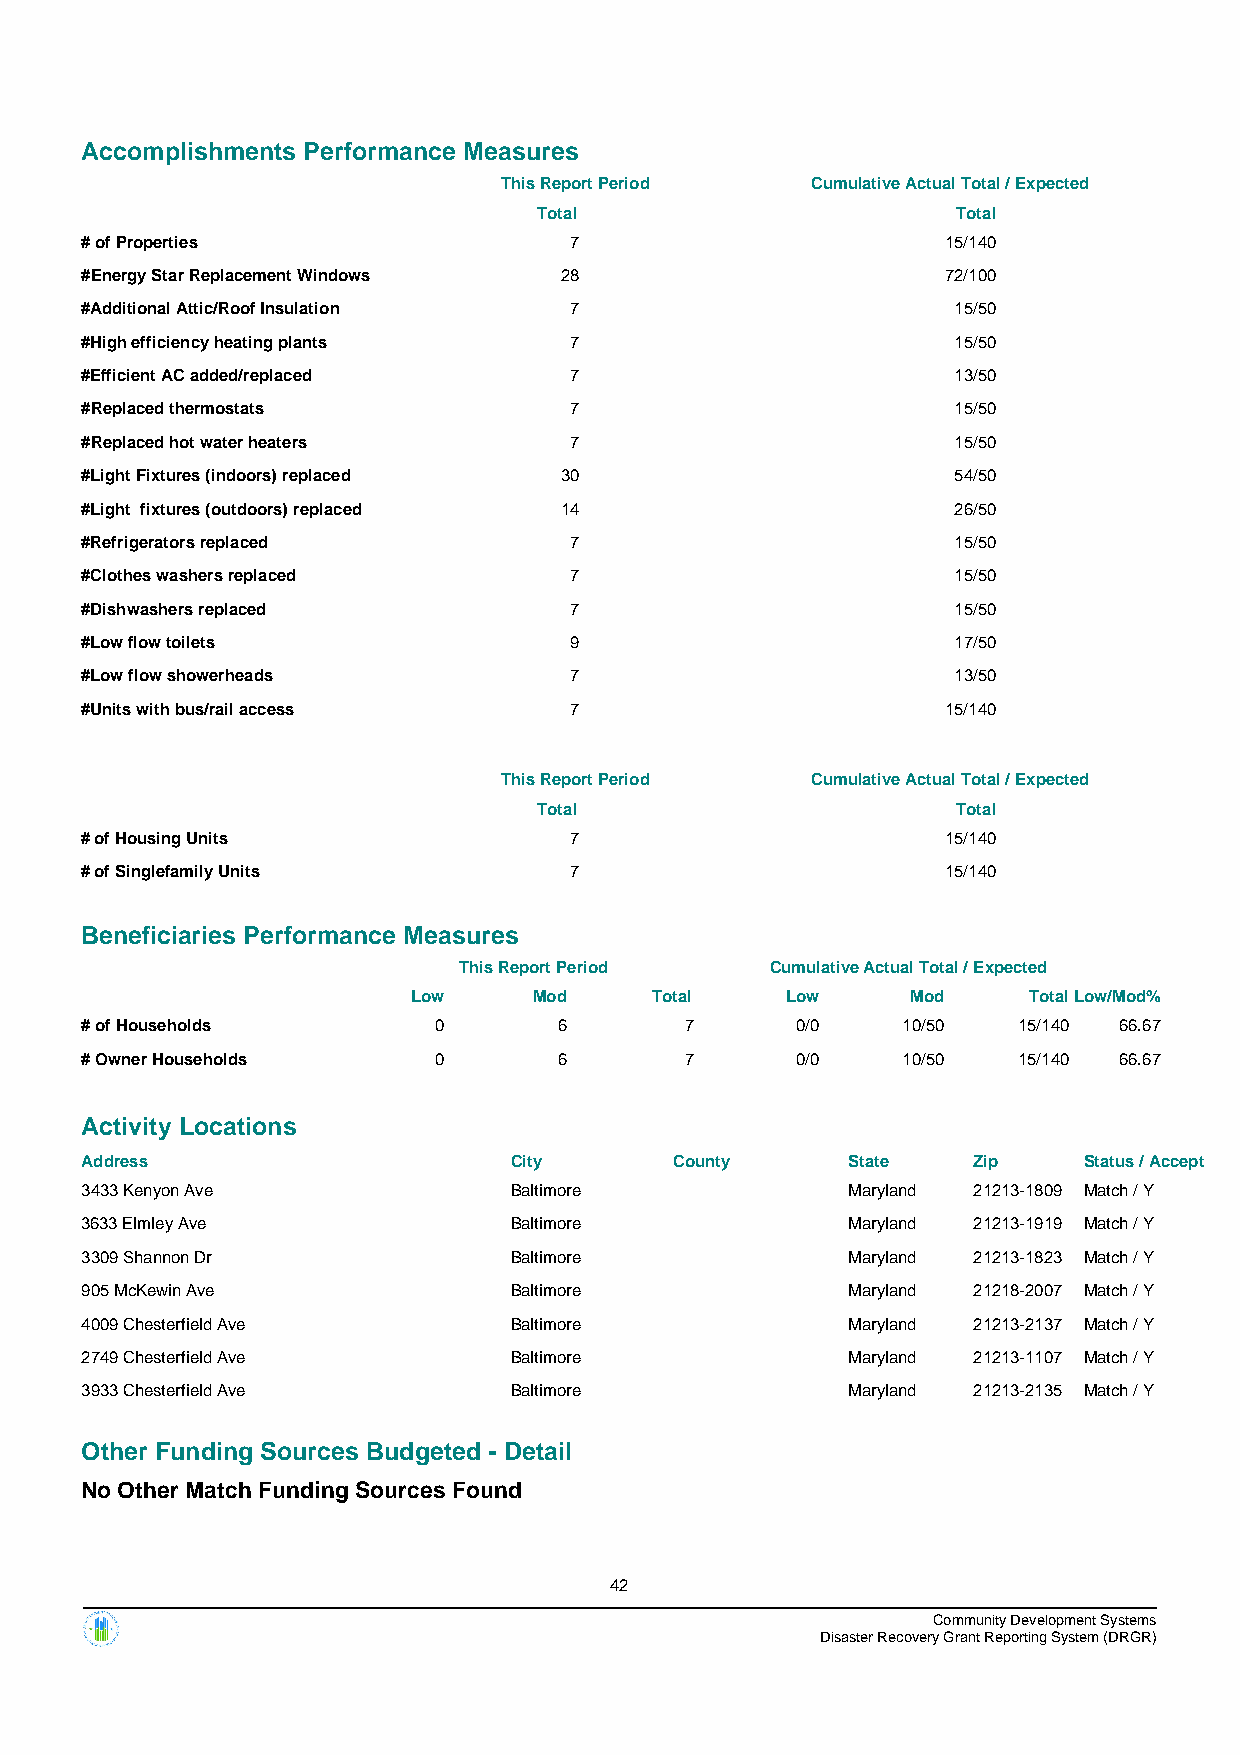
Accomplishments Performance Measures
 This Report Period   Cumulative Actual Total / Expected
 Total                      Total
 # of Properties                  7                        15/140
 #Energy Star Replacement Windows 28                       72/100
 #Additional Attic/Roof Insulation 7                       15/50
 #High efficiency heating plants  7                        15/50
 #Efficient AC added/replaced     7                        13/50
 #Replaced thermostats            7                        15/50
 #Replaced hot water heaters      7                        15/50
 #Light Fixtures (indoors) replaced 30                     54/50
 #Light fixtures (outdoors) replaced 14                    26/50
 #Refrigerators replaced          7                        15/50
 #Clothes washers replaced        7                        15/50
 #Dishwashers replaced            7                        15/50
 #Low flow toilets                9                        17/50
 #Low flow showerheads            7                        13/50
 #Units with bus/rail access      7                        15/140
 This Report Period   Cumulative Actual Total / Expected
 Total                      Total
 # of Housing Units               7                        15/140
 # of Singlefamily Units          7                        15/140
 Beneficiaries Performance Measures
 This Report Period   Cumulative Actual Total / Expected
 Low     Mod     Total    Low     Mod     TotalLow/Mod%
 # of Households         0       6       7       0/0    10/50  15/140 66.67
 # Owner Households      0       6       7       0/0    10/50  15/140 66.67
 Activity Locations
 Address                      City       County     State   Zip     Status / Accept
 3433 Kenyon Ave              Baltimore             Maryland 21213-1809 Match / Y
 3633 Elmley Ave              Baltimore             Maryland 21213-1919 Match / Y
 3309 Shannon Dr              Baltimore             Maryland 21213-1823 Match / Y
 905 McKewin Ave              Baltimore             Maryland 21218-2007 Match / Y
 4009 Chesterfield Ave        Baltimore             Maryland 21213-2137 Match / Y
 2749 Chesterfield Ave        Baltimore             Maryland 21213-1107 Match / Y
 3933 Chesterfield Ave        Baltimore             Maryland 21213-2135 Match / Y
 Other Funding Sources Budgeted - Detail
 No Other Match Funding Sources Found
 42
 Community Development Systems
 Disaster Recovery Grant Reporting System (DRGR)